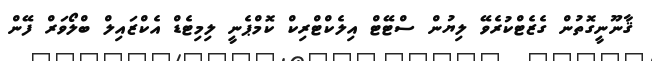
ޤާނޫނީގޮތުން ގެޒެޓްކުރެވޭ ލިޔުން ސްޓޭޓް އިލެކްޓްރިކް ކޮމްޕެނީ ލިމިޓެޑް އެކްޒައިލް ބްލޯވަރް ފޭން